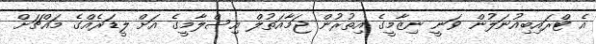
އެ ޓްރައިބިއުނަލުން ވަނީ ނިޒާމީގެ އިތުރުން ޖަމާއަތުލް އިސްލާމީގެ އަށް ލީޑަރެއްގެ މައްޗަށް